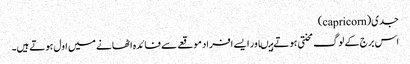
جدی(capricorn)
اس برج کے لوگ محنتی ہوتے ہیںاور ایسے افراد موقعے سے فائدہ اٹھانے میں اول ہوتے ہیں۔